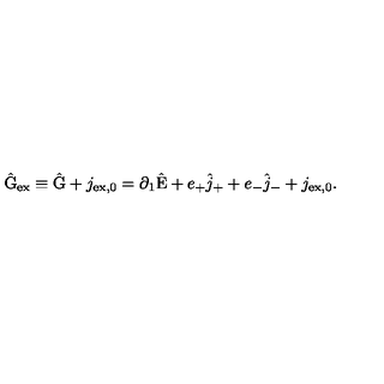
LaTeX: \hat { \mathrm { G } } _ { \mathrm { e x } } \equiv \hat { \mathrm { G } } + j _ { \mathrm { e x , 0 } } = \partial _ { 1 } \hat { \mathrm { E } } + e _ { + } \hat { j } _ { + } + e _ { - } \hat { j } _ { - } + j _ { \mathrm { e x , 0 } } .